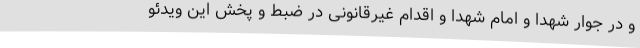
و در جوار شهدا و امام شهدا و اقدام غیرقانونی در ضبط و پخش این ویدئو